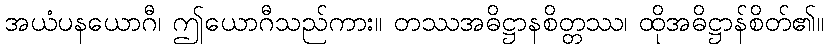
အယံပနယောဂီ၊ ဤယောဂီသည်ကား။ တဿအဓိဋ္ဌာနစိတ္တဿ၊ ထိုအဓိဋ္ဌာန်စိတ်၏။